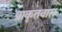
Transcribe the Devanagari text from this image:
प्राकृतवास